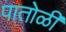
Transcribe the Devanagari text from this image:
पातोळी